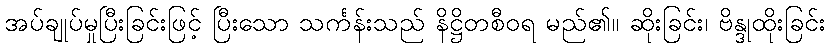
အပ်ချုပ်မှုပြီးခြင်းဖြင့် ပြီးသော သင်္ကန်းသည် နိဋ္ဌိတစီဝရ မည်၏။ ဆိုးခြင်း၊ ဗိန္ဒုထိုးခြင်း